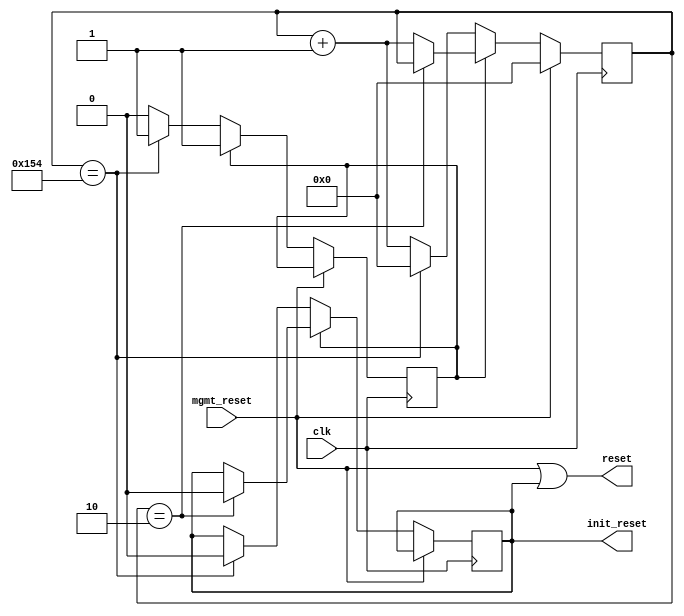
module self_reset (input wire mgmt_reset, input wire clk, output wire reset, output wire init_reset);
    localparam RESET_COUNTER_VALUE = 3'd2;
    localparam INITIAL_WAIT_VALUE = 9'd340;
    reg [9:0]counter;
    reg local_reset;
    reg usr_mode_init_wait;
    initial 
    begin
        local_reset = 1'b1;
        counter = 0;
        usr_mode_init_wait = 0;
    end
    always @(posedge clk)
    begin
        if (mgmt_reset)
        begin
            counter <= 0;
        end
        else
        begin
            if (!usr_mode_init_wait)
            begin
                if (counter == INITIAL_WAIT_VALUE)
                begin
                    local_reset <= 0;
                    usr_mode_init_wait <= 1'b1;
                    counter <= 0;
                end
                else 
                begin
                counter <= counter + 1'b1;
                end
            end
            else
            begin
                if (counter == RESET_COUNTER_VALUE)
                    local_reset <= 0;
                else 
                    counter <= counter + 1'b1;
            end
        end
    end
    assign reset = mgmt_reset | local_reset;
    assign init_reset = local_reset;
endmodule